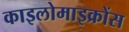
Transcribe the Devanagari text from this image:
काइलोमाइक्रोंस